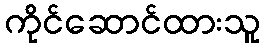
ကိုင်ဆောင်ထားသူ